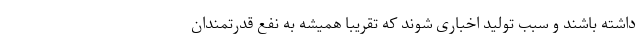
داشته باشند و سبب تولید اخباری شوند که تقریبا همیشه به نفع قدرتمندان